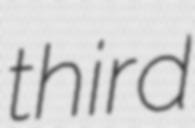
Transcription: third